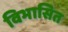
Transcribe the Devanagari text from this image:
विभासित